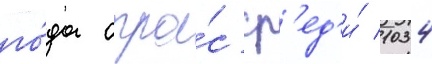
го́да опро́с ср'ед'и́ 1034